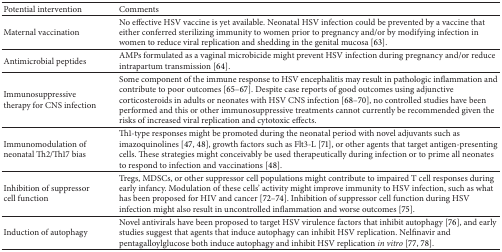
| Potential intervention | Comments |
 | --- | --- |
 | Maternal vaccination | No effective HSV vaccine is yet available. Neonatal HSV infection could be prevented by a vaccine that either conferred sterilizing immunity to women prior to pregnancy and/or by modifying infection in women to reduce viral replication and shedding in the genital mucosa [63]. |
 | Antimicrobial peptides | AMPs formulated as a vaginal microbicide might prevent HSV infection during pregnancy and/or reduce intrapartum transmission [64]. |
 | Immunosuppressive therapy for CNS infection | Some component of the immune response to HSV encephalitis may result in pathologic inflammation and contribute to poor outcomes [65–67]. Despite case reports of good outcomes using adjunctive corticosteroids in adults or neonates with HSV CNS infection [68–70], no controlled studies have been performed and this or other immunosuppressive treatments cannot currently be recommended given the risks of increased viral replication and cytotoxic effects. |
 | Immunomodulation of neonatal Th2/Th17 bias | Th1-type responses might be promoted during the neonatal period with novel adjuvants such as imazoquinolines [47, 48], growth factors such as Flt3-L [71], or other agents that target antigen-presenting cells. These strategies might conceivably be used therapeutically during infection or to prime all neonates to respond to infection and vaccinations [48]. |
 | Inhibition of suppressor cell function | Tregs, MDSCs, or other suppressor cell populations might contribute to impaired T cell responses during early infancy. Modulation of these cells' activity might improve immunity to HSV infection, such as what has been proposed for HIV and cancer [72–74]. Inhibition of suppressor cell function during HSV infection might also result in uncontrolled inflammation and worse outcomes [75]. |
 | Induction of autophagy | Novel antivirals have been proposed to target HSV virulence factors that inhibit autophagy [76], and early studies suggest that agents that induce autophagy can inhibit HSV replication. Nelfinavir and pentagalloylglucose both induce autophagy and inhibit HSV replication in vitro [77, 78]. |